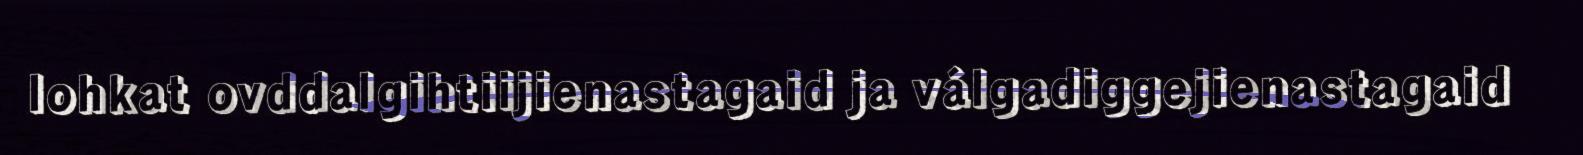
lohkat ovddalgihtiijienastagaid ja válgadiggejienastagaid